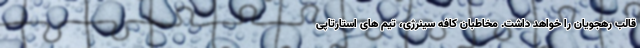
قالب رهجویان را خواهد داشت. مخاطبان کافه سینرژی، تیم های استارتاپی